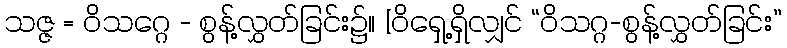
သဇ္ဇ = ဝိသဂ္ဂေ - စွန့်လွှတ်ခြင်း၌။ [ဝိရှေ့ရှိလျှင် “ဝိသဂ္ဂ-စွန့်လွှတ်ခြင်း”